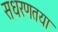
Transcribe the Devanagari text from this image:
सधरणतया